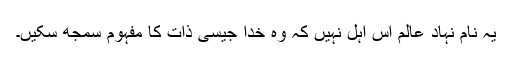
یہ نام نہاد عالم اس اہل نہیں کہ وہ خدا جیسی ذات کا مفہوم سمجھ سکیں۔